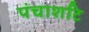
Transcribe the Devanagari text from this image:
पंचाशटि